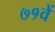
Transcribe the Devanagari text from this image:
७१वें